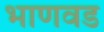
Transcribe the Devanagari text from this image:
भाणवड